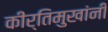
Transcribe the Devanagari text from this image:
कीर्तिमुखांनी